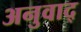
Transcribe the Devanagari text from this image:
अनुवाद्